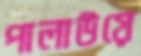
পালাউয়ে